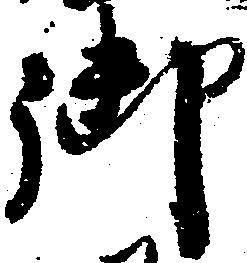
御